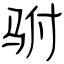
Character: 驸